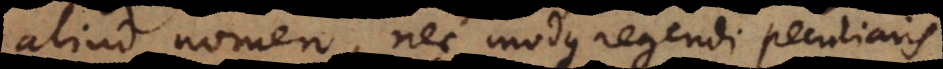
aliud nomen, nec modus regendi peculiaris